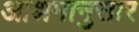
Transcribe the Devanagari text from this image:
आश्रमानुसार